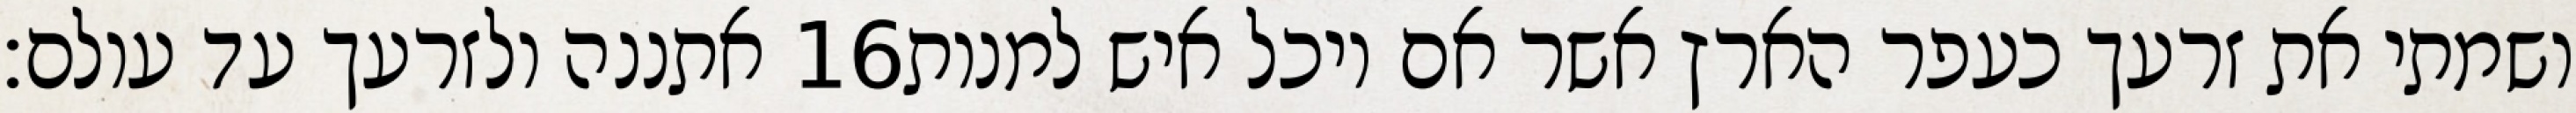
אתננה ולזרעך עד עולם׃ ‎16‏ ושמתי את זרעך כעפר הארץ אשר אם יוכל איש למנות